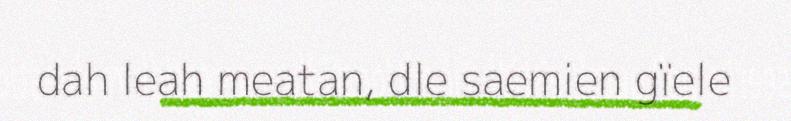
dah leah meatan, dle saemien gïele